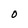
Character: O